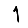
Digit: 1